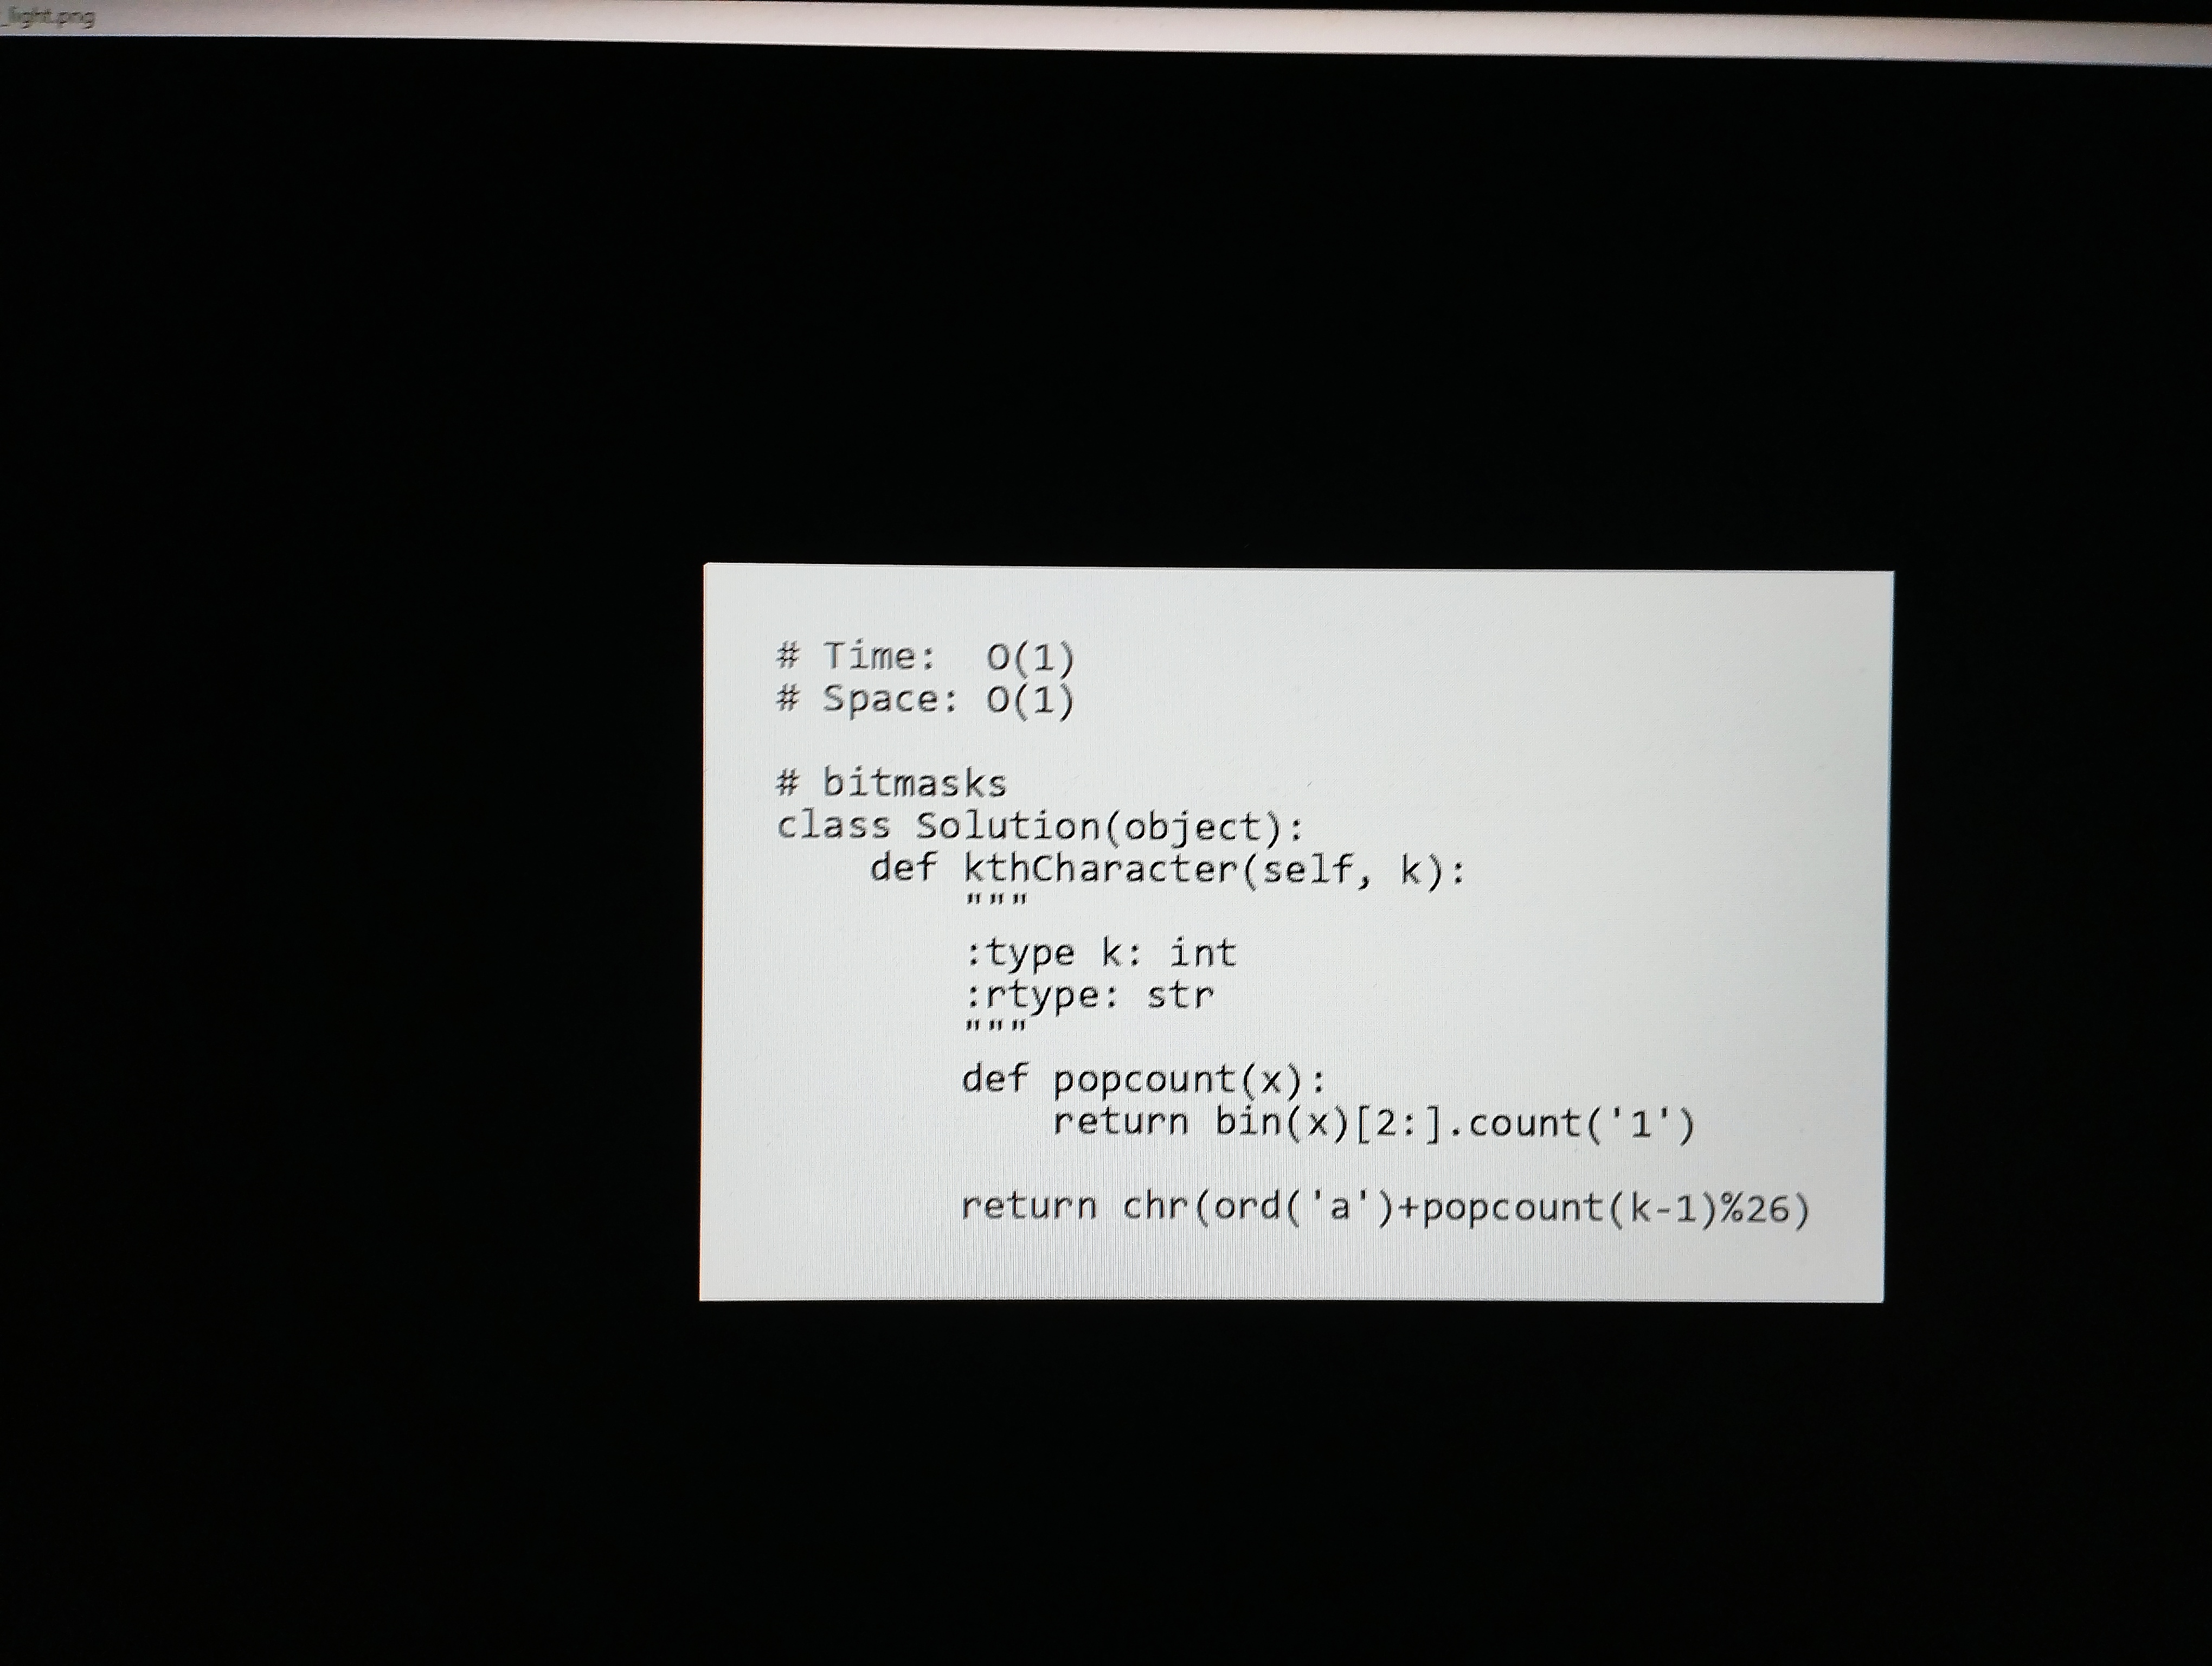
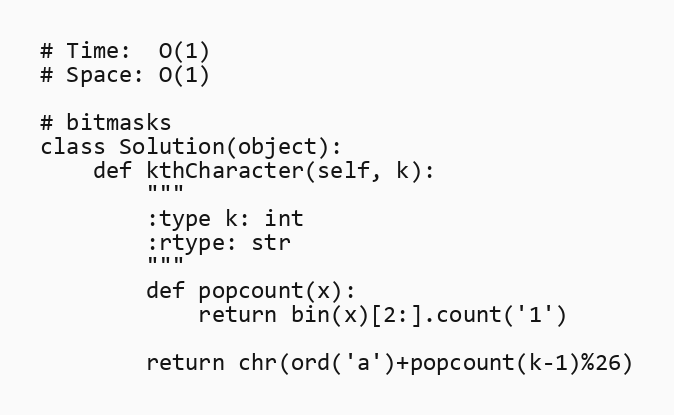
# Time:  O(1)
# Space: O(1)

# bitmasks
class Solution(object):
    def kthCharacter(self, k):
        """
        :type k: int
        :rtype: str
        """
        def popcount(x):
            return bin(x)[2:].count('1')

        return chr(ord('a')+popcount(k-1)%26)